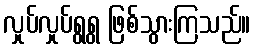
လှုပ်လှုပ်ရွရွ ဖြစ်သွားကြသည်။